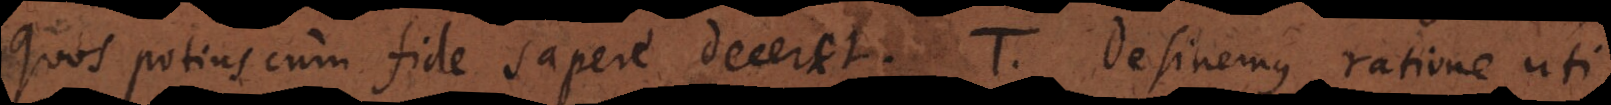
quos potius cum fide sapere deceret. T. Desinemus ratione uti